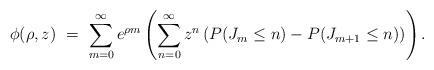
LaTeX: \begin{align*} \phi(\rho,z) \ = \ \sum_{m=0}^\infty e^{\rho m } \left (\sum_{n=0}^\infty z^n \left ( P(J_{m} \le n) - P(J_{m+1} \le n) \right)\right). \end{align*}